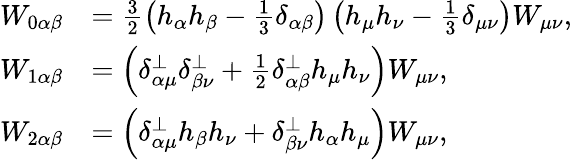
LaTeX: \begin{array}{rl}{W_{0\alpha\beta}}&{=\frac{3}{2}\left(h_{\alpha}h_{\beta}-\frac{1}{3}\delta_{\alpha\beta}\right)\left(h_{\mu}h_{\nu}-\frac{1}{3}\delta_{\mu\nu}\right)W_{\mu\nu},}\\ {W_{1\alpha\beta}}&{=\left(\delta_{\alpha\mu}^{\perp}\delta_{\beta\nu}^{\perp}+\frac{1}{2}\delta_{\alpha\beta}^{\perp}h_{\mu}h_{\nu}\right)W_{\mu\nu},}\\ {W_{2\alpha\beta}}&{=\left(\delta_{\alpha\mu}^{\perp}h_{\beta}h_{\nu}+\delta_{\beta\nu}^{\perp}h_{\alpha}h_{\mu}\right)W_{\mu\nu},}\end{array}